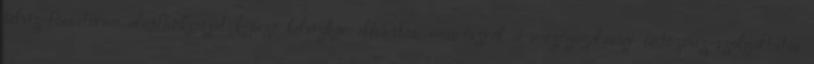
belvíz-fõcsatorna alapfunkcióját képezõ belvízkár elhárítás, másrészrõl a mezõgazdasági öntözõvíz-szolgáltatás